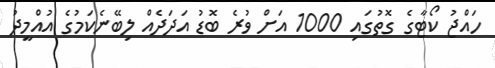
ހައްޖު ކޯޓާގެ ގޮތުގައި 1000 އަށް ވުރެ ބޮޑު އަދަދެއް ލިބޭނެކަމުގެ އުއްމީދު